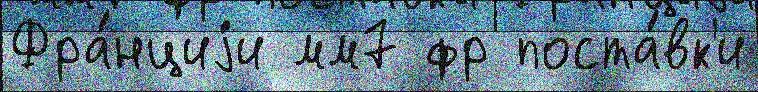
Фра́нциjи мм7 фр поста́вк'и